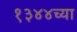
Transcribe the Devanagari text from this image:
१३४४च्या